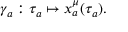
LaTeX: \gamma _ { a } : \tau _ { a } \mapsto x _ { a } ^ { \mu } ( \tau _ { a } ) .